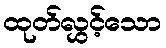
ထုတ်လွှင့်သော